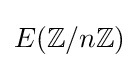
E(\mathbb {Z} /n\mathbb {Z} )